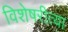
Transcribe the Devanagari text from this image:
विशेषरीत्या